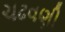
ચઢવણી